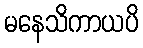
မနေသိကာယပိ